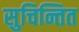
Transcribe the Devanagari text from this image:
सुचिन्तित